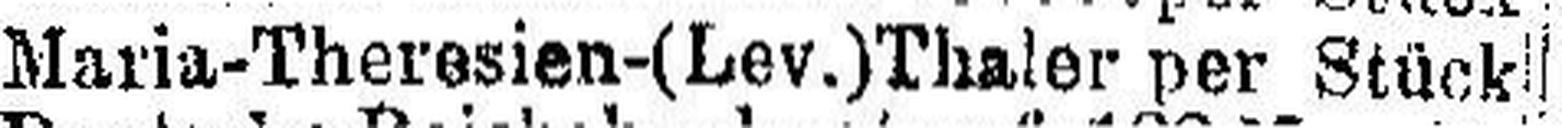
Maria-Theresien-(Lev.)Thaler per Stück